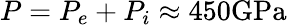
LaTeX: P=P_{e}+P_{i}\approx 450\mathrm{GPa}